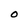
Character: O